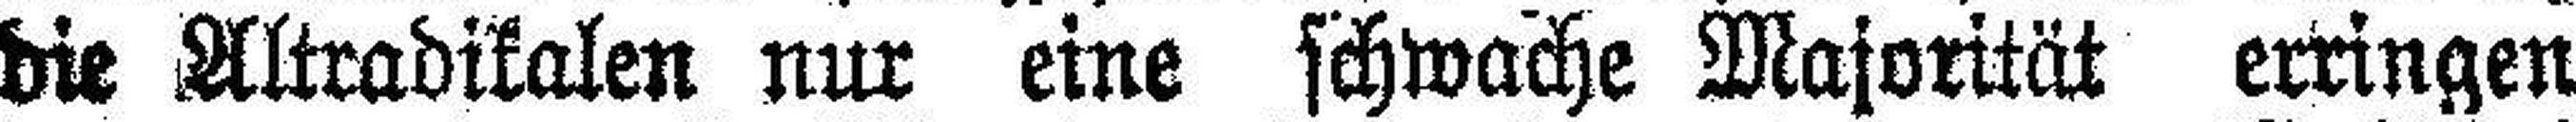
die Altradikalen nur eine schwache Majorität erringen